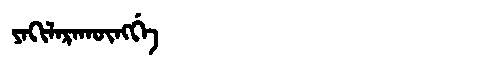
Manchu: ᠶᠠᡴᡳᠯᠠᡵᠠᡴᡡᠩᡤᡝ
Romanization: YAKILARAKŪNGGE